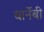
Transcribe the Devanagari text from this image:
बार्नेबी